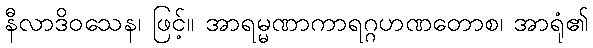
နီလာဒိဝသေန၊ ဖြင့်။ အာရမ္မဏာကာရဂ္ဂဟဏတောစ၊ အာရုံ၏